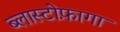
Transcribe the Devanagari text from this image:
ब्लास्टोफ़ागा